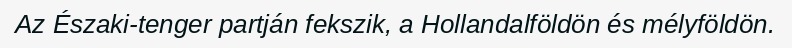
Az Északi-tenger partján fekszik, a Hollandalföldön és mélyföldön.